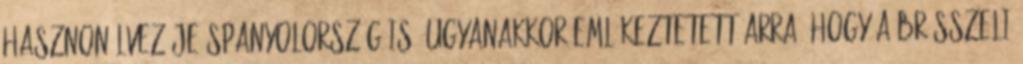
hasznonélvezője Spanyolország is. Ugyanakkor emlékeztetett arra, hogy a brüsszeli